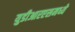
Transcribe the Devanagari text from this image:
युडीआरएसमध्ये